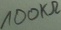
Text: 100KΩ